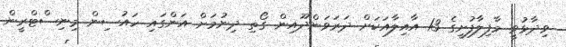
ވިދާޅުވީ މާފިލާފުށީގެ 13 އާއިލާއަކަށް ދަރަވަންދޫއިން ގޯތި ދިނުމަށް އަންގައި ހައުސިން މިނިސްޓްރީން